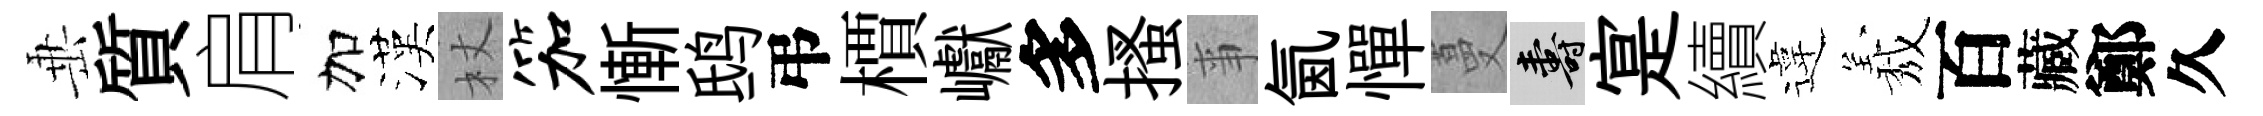
𡸁質肩加漢杖笳慚鸱弔檟巘多搔亊氤憚蔓壽寔續違𦏁百藏鄭久